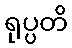
ရုပ္ပတိ